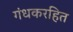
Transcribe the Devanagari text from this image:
गंधकरहित